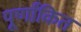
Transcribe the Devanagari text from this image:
पूर्णांकित